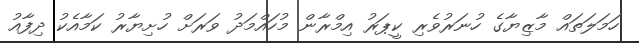
ހަމަލަތައް މާޒިޔާގެ ހުނަރުވެރި ކީޕަރު އިމްރާން މުހައްމަދު ވަރަށް ހުށިޔާރު ކަމާއެކު ދިފާއު